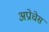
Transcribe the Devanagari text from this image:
अप्रोचेस